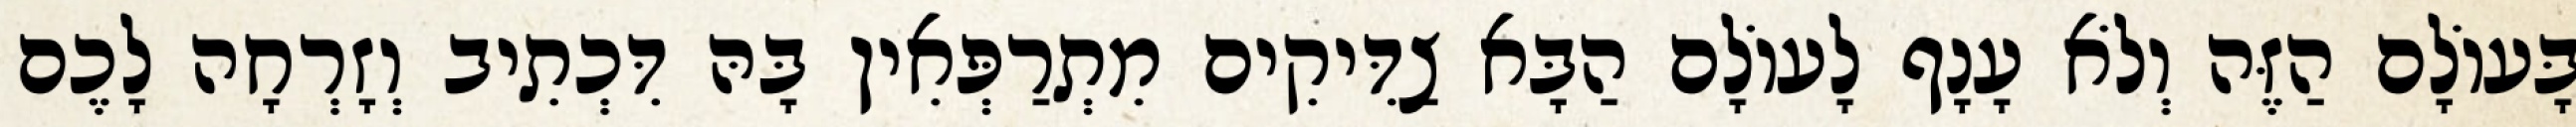
בָּעוֹלָם הַזֶּה וְלֹא עָנָף לָעוֹלָם הַבָּא צַדִּיקִים מִתְרַפְּאִין בָּהּ דִּכְתִיב וְזָרְחָה לָכֶם